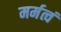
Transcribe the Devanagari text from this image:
मर्मत्वं